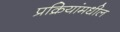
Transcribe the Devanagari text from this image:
प्रक्रियांमधील